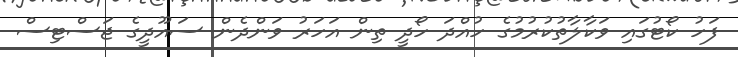
ފަހު ކޯޓުގައި ވަކާލާތުކުރުމުގެ ހުއްދަ ހޯދީ ތިން އަހަރު ވަންދެން ސައޫދީގެ ޖަސްޓިސް